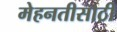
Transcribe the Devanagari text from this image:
मेहनतीसाठी